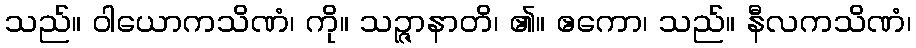
သည်။ ဝါယောကသိဏံ၊ ကို။ သဉ္ဇာနာတိ၊ ၏။ ဧကော၊ သည်။ နီလကသိဏံ၊